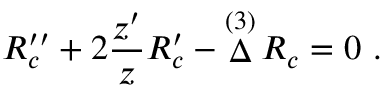
{ \cal R } _ { c } ^ { \prime \prime } + 2 { \frac { z ^ { \prime } } { z } } { \cal R } _ { c } ^ { \prime } - \mathop \Delta ^ { ( 3 ) } { \cal R } _ { c } = 0 \ .